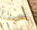
حبنا